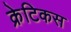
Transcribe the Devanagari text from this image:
क्रेटिकस